Problem: 4 × 2 = ?
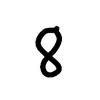
Handwritten answer: 8